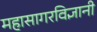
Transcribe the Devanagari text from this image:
महासागरविज्ञानी